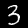
Digit: 3